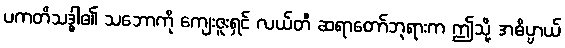
ပကတိသဒ္ဓါ၏ သဘောကို ကျေးဇူးရှင် လယ်တီ ဆရာတော်ဘုရားက ဤသို့ အဓိပ္ပာယ်